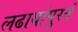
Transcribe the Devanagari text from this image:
लढायांपुरतं